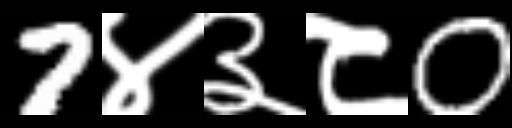
Text: 7४३८0